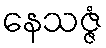
နေသဇ္ဇံ